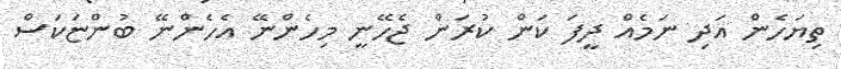
ތިޔަހެން އަދި ނަމެއް ދީފަ ކަން ކުރަން ޖެހޭނީ މިހެންނޭ އެހެންނޭ ބުންޏަކަސް